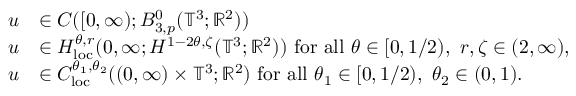
\begin{array} { r l } { u } & { \in C ( [ 0 , \infty ) ; B _ { 3 , p } ^ { 0 } ( \mathbb { T } ^ { 3 } ; { \mathbb R } ^ { 2 } ) ) } \\ { u } & { \in H _ { \mathrm { l o c } } ^ { \theta , r } ( 0 , \infty ; H ^ { 1 - 2 \theta , \zeta } ( \mathbb { T } ^ { 3 } ; { \mathbb R } ^ { 2 } ) ) \ \mathrm { f o r ~ a l l ~ } \theta \in [ 0 , 1 / 2 ) , \ r , \zeta \in ( 2 , \infty ) , } \\ { u } & { \in C _ { \mathrm { l o c } } ^ { \theta _ { 1 } , \theta _ { 2 } } ( ( 0 , \infty ) \times \mathbb { T } ^ { 3 } ; { \mathbb R } ^ { 2 } ) \ \mathrm { f o r ~ a l l ~ } \theta _ { 1 } \in [ 0 , 1 / 2 ) , \ \theta _ { 2 } \in ( 0 , 1 ) . } \end{array}